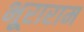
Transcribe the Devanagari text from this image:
भूराराम